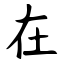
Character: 在